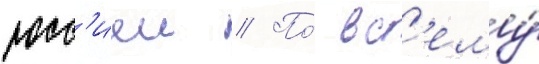
росс'иеи // По́ вс'ему́